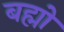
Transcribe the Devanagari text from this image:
बह्मो